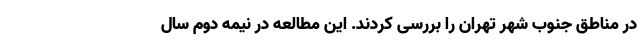
در مناطق جنوب شهر تهران را بررسی کردند. این مطالعه در نیمه دوم سال